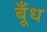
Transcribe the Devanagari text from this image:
बूँध